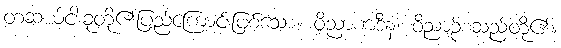
တဆယ့်ငါးခုတို့၏ပြည့်ကြောင်းဖြစ်သော။ ဝိညာဏဒီနံ၊ ဝိညာဉ်စသည်တို့၏။